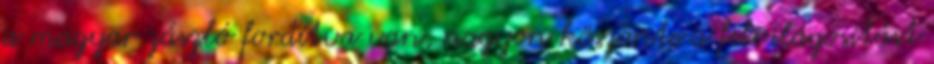
a magyar zászló fordítva van, nagyon köszönte a felvilágosítást